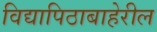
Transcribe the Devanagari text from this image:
विद्यापिठाबाहेरील